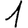
Digit: 1